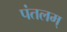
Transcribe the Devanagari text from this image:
पंतलम्